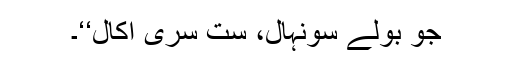
جو بولے سونہال، ست سری اکال‘‘۔